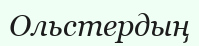
Ольстердың